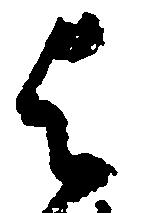
与